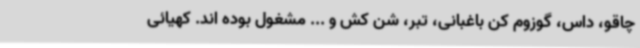
چاقو، داس، گوزوم کن باغبانی، تبر، شن کش و ... مشغول بوده اند. کهیائی